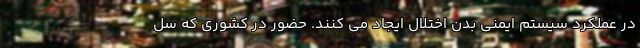
در عملکرد سیستم ایمنی بدن اختلال ایجاد می کنند. حضور در کشوری که سل